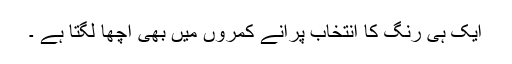
ایک ہی رنگ کا انتخاب پرانے کمروں میں بھی اچھا لگتا ہے ۔